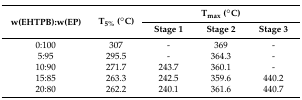
| <ROWSPAN=2> w(EHTPB):w(EP) | <ROWSPAN=2> T5% (°C) | <COLSPAN=3> Tmax (°C) |
 | Stage 1 | Stage 2 | Stage 3 |
 | --- | --- | --- | --- | --- |
 | 0:100 | 307 | - | 369 | - |
 | 5:95 | 295.5 | - | 364.3 | - |
 | 10:90 | 271.7 | 243.7 | 360.1 | - |
 | 15:85 | 263.3 | 242.5 | 359.6 | 440.2 |
 | 20:80 | 262.2 | 240.1 | 361.6 | 440.7 |